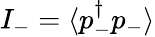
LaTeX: I_{-}=\langle p_{-}^{\dagger}p_{-}\rangle